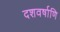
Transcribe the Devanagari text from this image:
दशवर्षाणि